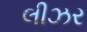
લીઝર